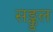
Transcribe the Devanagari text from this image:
सङ्कुल